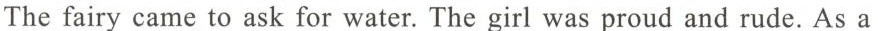
The fairy came to ask for water. The girl was proud and rude. As a